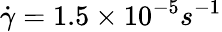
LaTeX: \dot{\gamma}=1.5\times 10^{-5}s^{-1}